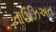
તાઉઝિઅત